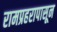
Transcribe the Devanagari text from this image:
रामप्रहरापासून